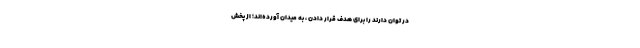
در توان دارند را برای هدف قرار دادن ، به میدان آورده‌اند؛ از پخش